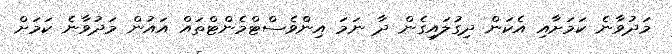
މަދުވާނެ ކަމަށާއި އެކަން ދިގުލައިގެން ދާ ނަމަ އިންވެސްޓްމެންޓްތައް އައުން މަދުވާނެ ކަމަށް